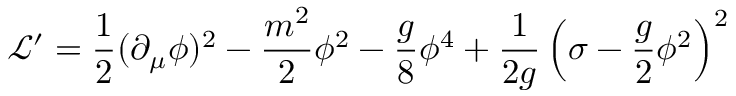
\mathcal { L } ^ { \prime } = \frac { 1 } { 2 } ( \partial _ { \mu } \phi ) ^ { 2 } - \frac { m ^ { 2 } } { 2 } \phi ^ { 2 } - \frac { g } { 8 } \phi ^ { 4 } + \frac { 1 } { 2 g } \left( \sigma - \frac { g } { 2 } \phi ^ { 2 } \right) ^ { 2 }